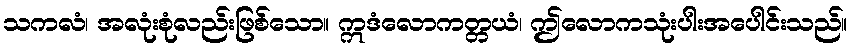
သကလံ၊ အလုံးစုံလည်းဖြစ်သော။ ဣဒံလောကတ္တယံ၊ ဤလောကသုံးပါးအပေါင်းသည်။